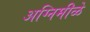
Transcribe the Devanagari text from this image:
अग्निमीळे